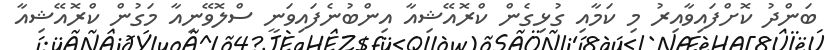
ބަންދު ކޮށްފައިވާއިރު މި ކަމާއި ގުޅިގެން ކްރޮއޭޝިއާ އިންބުނެފައިވަނީ ސްލޮވޭނިއާ މަގުން ކްރޮއޭޝިއާ